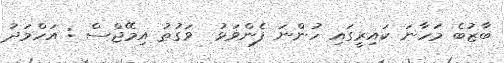
ބާޒުބެ މަހާނަ ކައިރީގައި ހުންނަ ފެންވަޅު  ވަގުތު އިމޭޖްސް : އަހްމަދު